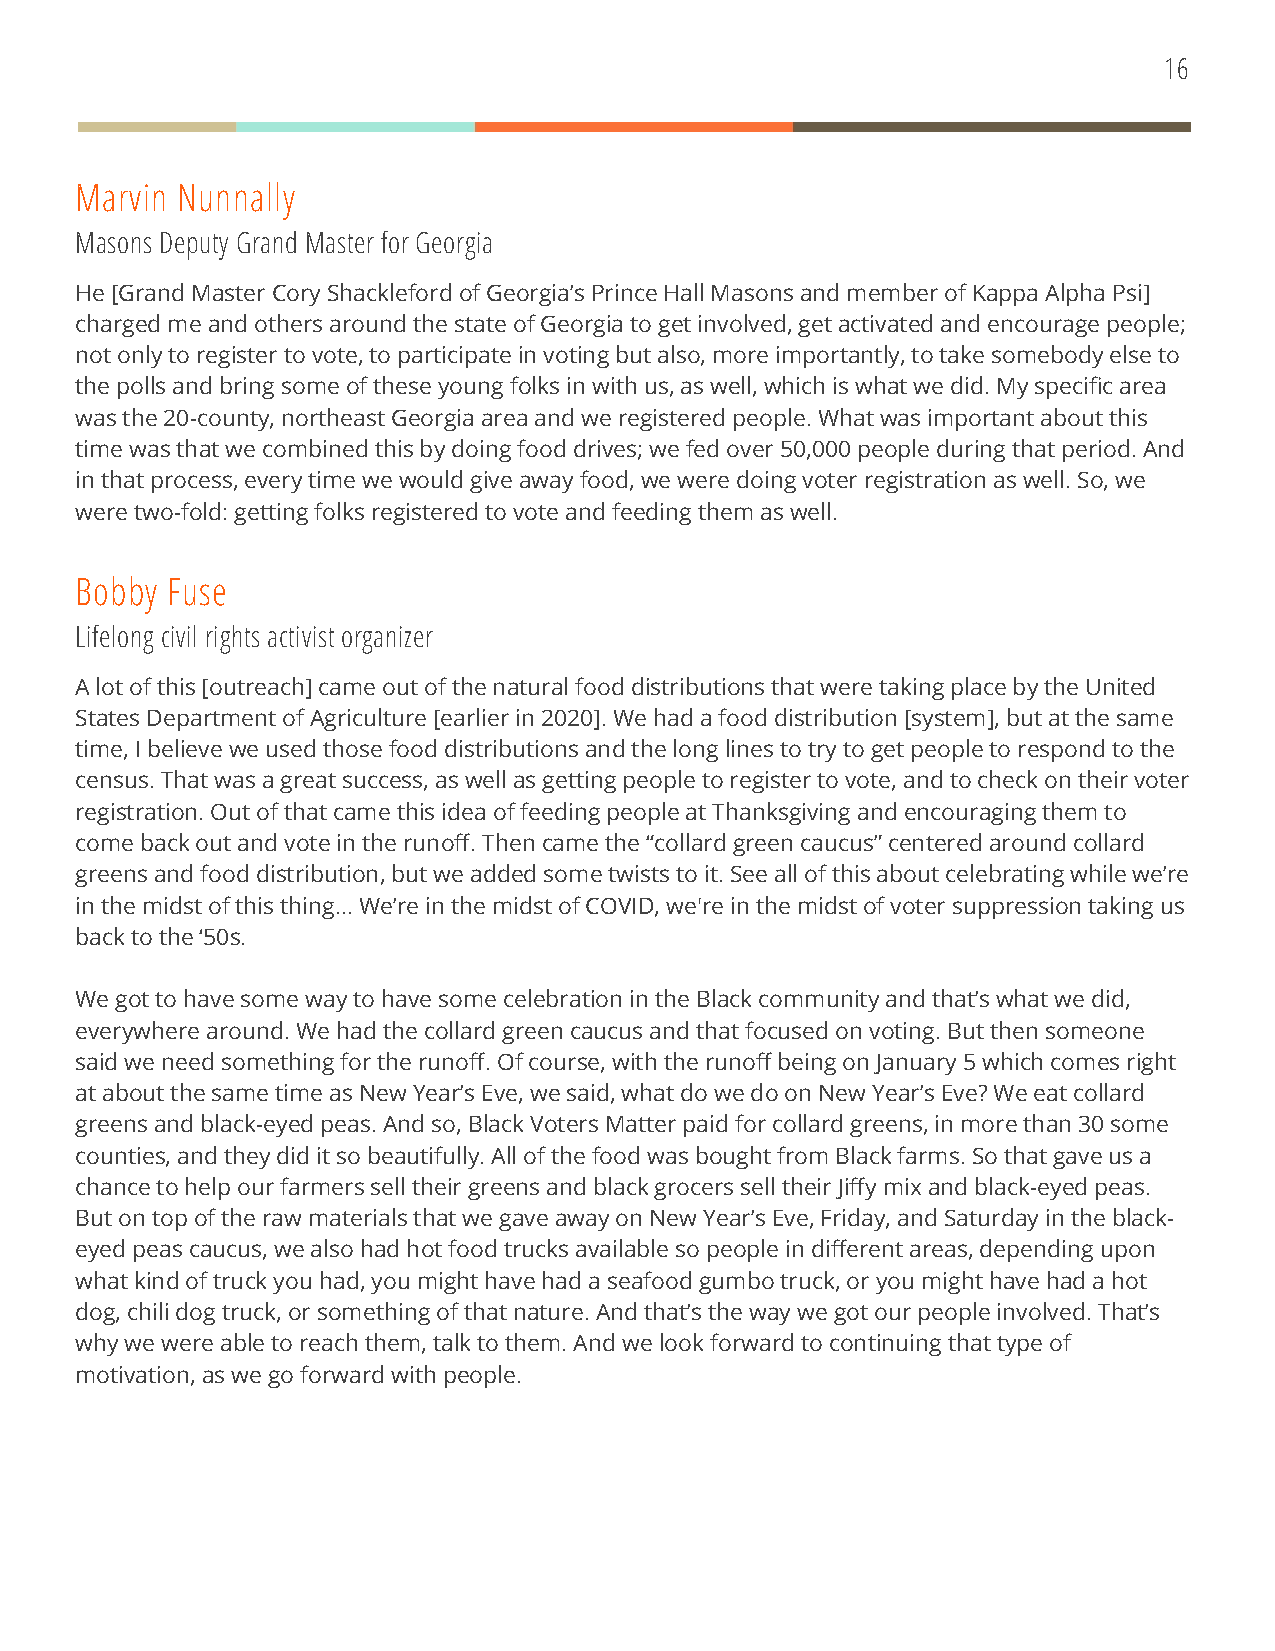
16
 Marvin Nunnally
 Masons Deputy Grand Master for Georgia
 He [Grand Master Cory Shackleford of Georgia’s Prince Hall Masons and member of Kappa Alpha Psi]
 charged me and others around the state of Georgia to get involved, get activated and encourage people;
 not only to register to vote, to participate in voting but also, more importantly, to take somebody else to
 the polls and bring some of these young folks in with us, as well, which is what we did. My specific area
 was the 20-county, northeast Georgia area and we registered people. What was important about this
 time was that we combined this by doing food drives; we fed over 50,000 people during that period. And
 in that process, every time we would give away food, we were doing voter registration as well. So, we
 were two-fold: getting folks registered to vote and feeding them as well.
 Bobby Fuse
 Lifelong civil rights activist organizer
 A lot of this [outreach] came out of the natural food distributions that were taking place by the United
 States Department of Agriculture [earlier in 2020]. We had a food distribution [system], but at the same
 time, I believe we used those food distributions and the long lines to try to get people to respond to the
 census. That was a great success, as well as getting people to register to vote, and to check on their voter
 registration. Out of that came this idea of feeding people at Thanksgiving and encouraging them to
 come back out and vote in the runoff. Then came the “collard green caucus” centered around collard
 greens and food distribution, but we added some twists to it. See all of this about celebrating while we’re
 in the midst of this thing... We’re in the midst of COVID, we're in the midst of voter suppression taking us
 back to the ‘50s.
 We got to have some way to have some celebration in the Black community and that’s what we did,
 everywhere around. We had the collard green caucus and that focused on voting. But then someone
 said we need something for the runoff. Of course, with the runoff being on January 5 which comes right
 at about the same time as New Year’s Eve, we said, what do we do on New Year’s Eve? We eat collard
 greens and black-eyed peas. And so, Black Voters Matter paid for collard greens, in more than 30 some
 counties, and they did it so beautifully. All of the food was bought from Black farms. So that gave us a
 chance to help our farmers sell their greens and black grocers sell their Jiffy mix and black-eyed peas.
 But on top of the raw materials that we gave away on New Year’s Eve, Friday, and Saturday in the black-
 eyed peas caucus, we also had hot food trucks available so people in different areas, depending upon
 what kind of truck you had, you might have had a seafood gumbo truck, or you might have had a hot
 dog, chili dog truck, or something of that nature. And that’s the way we got our people involved. That’s
 why we were able to reach them, talk to them. And we look forward to continuing that type of
 motivation, as we go forward with people.